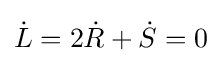
{\dot {L}}=2{\dot {R}}+{\dot {S}}=0